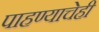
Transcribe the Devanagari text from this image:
पाहण्याचेही